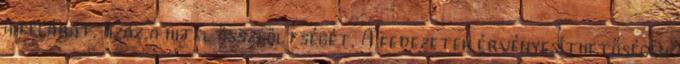
a felárat, azaz a hitel összköltségét. A fedezetek érvényesíthetőségén